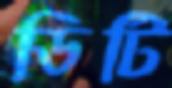
ডিটি